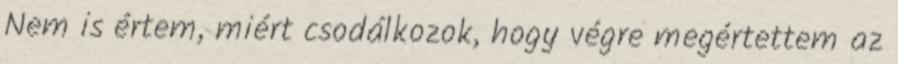
Nem is értem, miért csodálkozok, hogy végre megértettem az